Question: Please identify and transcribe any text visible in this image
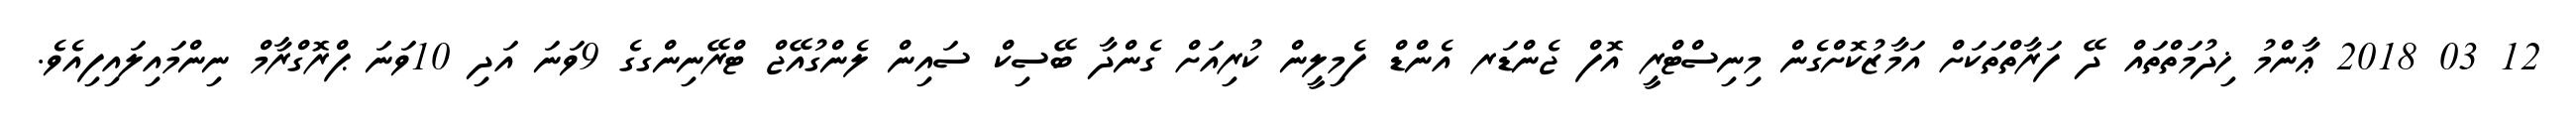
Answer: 12 03 2018 ޢާންމު ޚިދުމަތްތައް ދޭ ފަރާތްތަކަށް އަމާޒުކޮށްގެން މިނިސްޓްރީ އޮފް ޖެންޑަރ އެންޑް ފެމިލީން ކުރިއަށް ގެންދާ ބޭސިކް ސައިން ލެންގުއޭޖް ޓްރޭނިންގގެ 9ވަނަ އަދި 10ވަނަ ޕްރޮގްރާމް ނިންމައިލައިފިއެވެ.